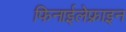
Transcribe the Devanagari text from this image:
फिनाईलेफ्राइन